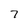
Character: 7